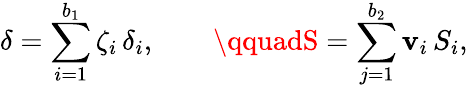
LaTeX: \delta=\sum_{i=1}^{b_{1}}\zeta_{i}\, \delta_{i},\qquad\qquadS=\sum_{j=1}^{b_{2}}\mathbf{v}_{i}\, S_{i},